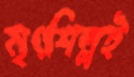
মৃৎশিল্পই